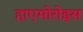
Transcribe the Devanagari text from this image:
हाएमोरोइस